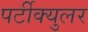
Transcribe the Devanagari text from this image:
पर्टीक्युलर